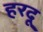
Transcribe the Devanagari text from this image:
हरदू